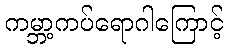
ကမ္ဘာ့ကပ်ရောဂါကြောင့်